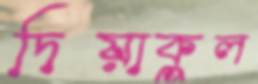
দিয়াকুল